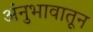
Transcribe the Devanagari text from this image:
अंनुभावातून